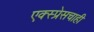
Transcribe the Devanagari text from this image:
एक्स्प्रेसचाही